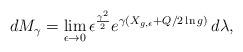
LaTeX: \begin{align*}dM_{\gamma}=\lim_{\epsilon\to 0}\epsilon^{\frac{\gamma^2}{2}}e^{\gamma (X_{{{g}},\epsilon}+Q/2 \ln {g})} \,d\lambda, \end{align*}